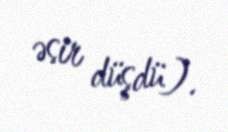
əsir düşdü).